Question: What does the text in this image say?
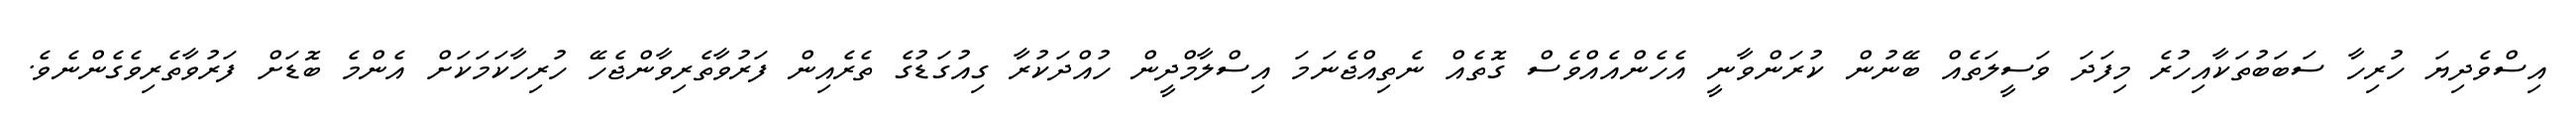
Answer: އިސްވެދިޔަ ހުރިހާ ސަބަބުތަކާއިހުރެ މިފަދަ ވަސީލަތެއް ބޭނުން ކުރަންވާނީ އެހެންއެއްވެސް ގޮތެއް ނެތިއްޖެނަމަ އިސްލާމްދީން ހުއްދަކުރާ ގިއުގަޑުގެ ތެރެއިން ފަރުވާތެރިވާންޖެހޭ ހުރިހާކަމަކަށް އެންމެ ބޮޑަށް ފަރުވާތެރިވެގެންނެވެ.